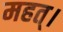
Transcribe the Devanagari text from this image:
महत्।